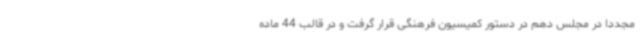
مجددا در مجلس دهم در دستور کمیسیون فرهنگی قرار گرفت و در قالب 44 ماده